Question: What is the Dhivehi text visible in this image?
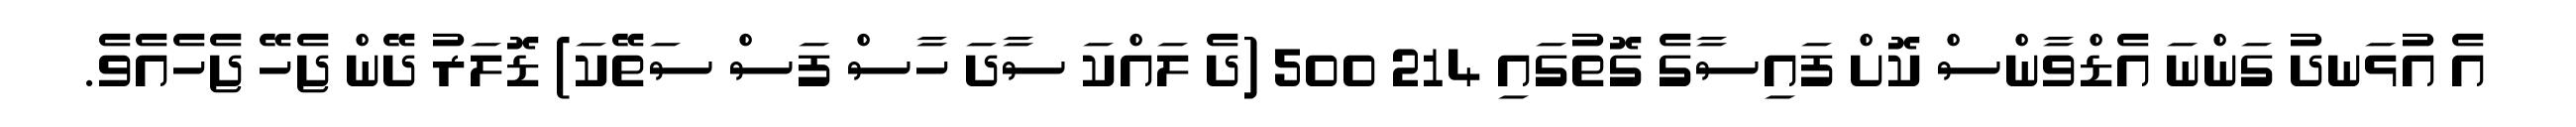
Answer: އެ އުޅަނދު ގަންނަ އެޑްވާންސް ކޮށް ފައިސާގެ ގޮތުގައި 214 500 (ދެ ލައްކަ ސާދަ ހާސް ފަސް ސަތޭކަ) ޑޮލަރު ދޭން ޖެހޭ ޖެހެއެވެ.